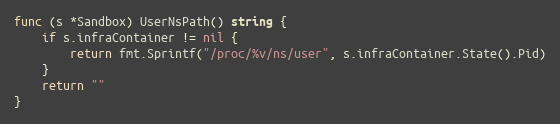
Language: Go
func (s *Sandbox) UserNsPath() string {
	if s.infraContainer != nil {
		return fmt.Sprintf("/proc/%v/ns/user", s.infraContainer.State().Pid)
	}
	return ""
}